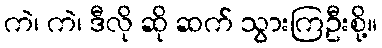
ကဲ၊ ကဲ၊ ဒီလို ဆို ဆက် သွားကြဦးစို့။